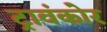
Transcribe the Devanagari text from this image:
ट्रावंकोर